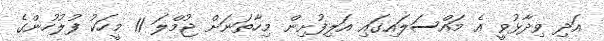
އަދި ވިދާޅުވީ އެ މައްސަލައިގައި އަލިފުށިން މިހާތަނަށް ޖުމްލަ 11 މީހަކު ފުލުހުންގެ